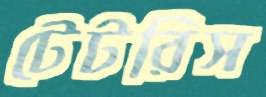
টেটরিস